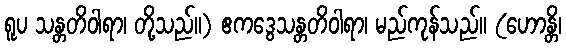
ရူပ သန္တတိဝါရာ၊ တို့သည်။) ဧကဒွေသန္တတိဝါရာ၊ မည်ကုန်သည်။ (ဟောန္တိ၊